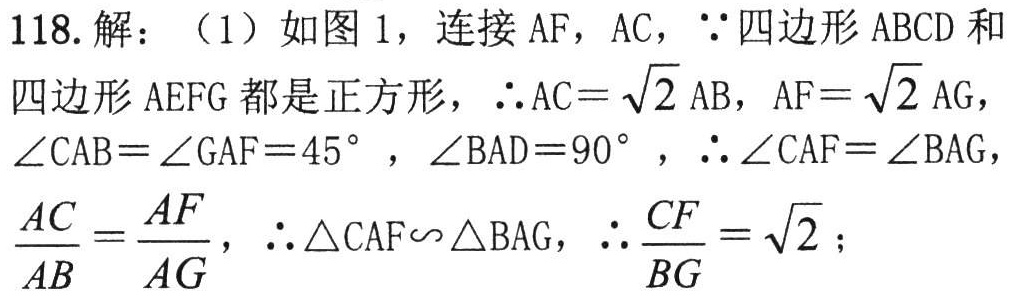
118. 解：（1）如图 1，连接 \(AF\)，\(AC\)，\(\because\) 四边形 \(ABCD\) 和
四边形 \(AEFG\) 都是正方形，\(\therefore AC = \sqrt{2}AB\)，\(AF=\sqrt{2}AG\)，
\(\angle CAB=\angle GAF = 45^{\circ}\)，\(\angle BAD = 90^{\circ}\)，\(\therefore\angle CAF=\angle BAG\)，
\(\frac{AC}{AB}=\frac{AF}{AG}\)，\(\therefore\triangle CAF\sim\triangle BAG\)，\(\therefore\frac{CF}{BG}=\sqrt{2}\)；